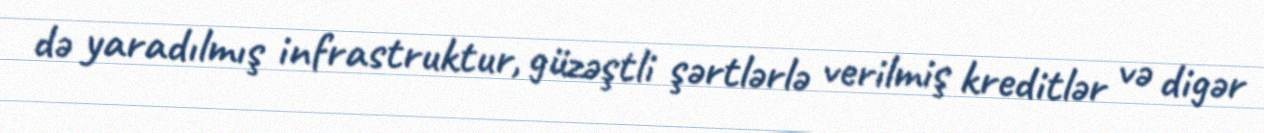
də yaradılmış infrastruktur, güzəştli şərtlərlə verilmiş kreditlər və digər